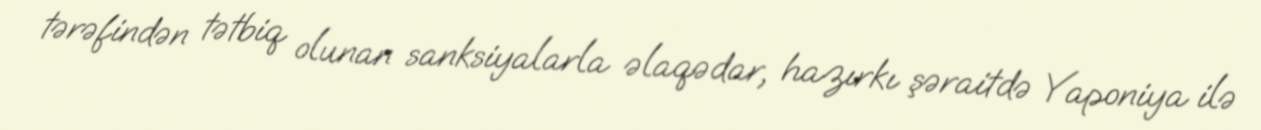
tərəfindən tətbiq olunan sanksiyalarla əlaqədar, hazırkı şəraitdə Yaponiya ilə